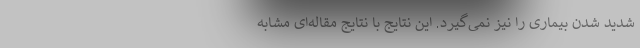
شدید شدن بیماری را نیز نمی‌گیرد. این نتایج با نتایج مقاله‌ای مشابه